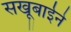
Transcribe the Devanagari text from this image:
सखूबाईने